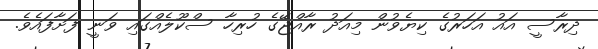
ދިރާސީ އައު އަހަރުގެ ކިޔެވުން މިއަދު ރާއްޖޭގެ ހުރިހާ ސްކޫލެއްގައި ވަނީ ފަށާފައެވެ.